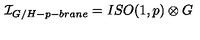
{ \cal I } _ { G / H - p - b r a n e } = I S O ( 1 , p ) \otimes G